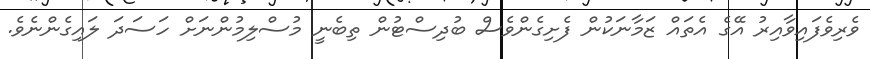
ވެރިވެފައިވާއިރު އޭގެ އެތައް ޒަމާނަކުން ފެށިގެންވެސް ބުދިސްޓުން ތިބެނީ މުސްލިމުންނަށް ހަސަދަ ލައިގެންނެވެ.